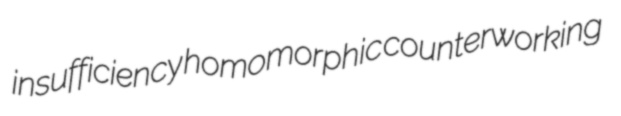
insufficiency homomorphic counterworking